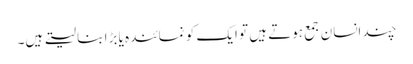
چند انسان جمع ہوتے ہیں تو ایک کو نمائندہ یا بڑا بنا لیتے ہیں۔